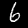
Label: 6